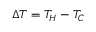
\Delta T = T _ { H } - T _ { C }